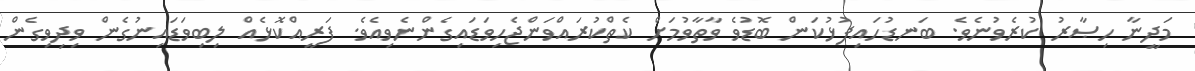
މަދީނާ ހިޞާރު ކުރެވުނެވެ. ބަނޑުހައިފުޅުކަން ބޮޑުވެ ވާތާވުމަށް ކެތްކުރައްވަންޖެހިވަޑައިގެންނެވިއެވެ. ފަރީއްކޮޅެއް ލިބިވަޑައިނުގެން ވިދިވިގެން